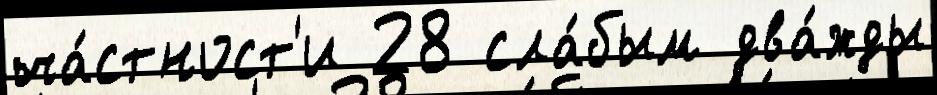
ча́стност'и 28 сла́бым два́жды